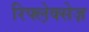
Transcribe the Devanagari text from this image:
रिफ्ल़ेक्सेज़